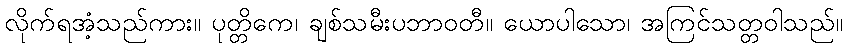
လိုက်ရအံ့သည်ကား။ ပုတ္တိကေ၊ ချစ်သမီးပဘာဝတီ။ ယောပါသော၊ အကြင်သတ္တဝါသည်။